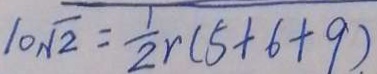
1 0 \sqrt { 2 } = \frac { 1 } { 2 } r ( 5 + 6 + 9 )